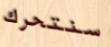
سنتحرك